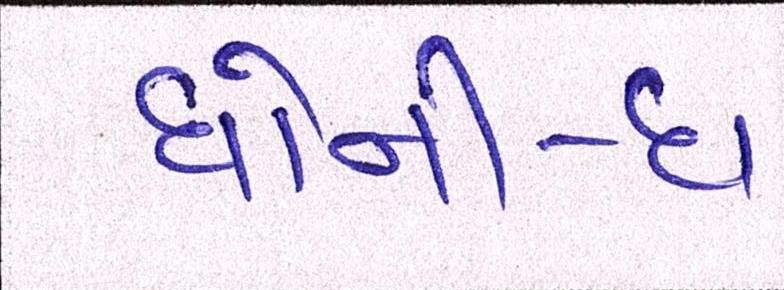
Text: ધોની-ધ